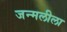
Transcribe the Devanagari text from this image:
जन्मलीला